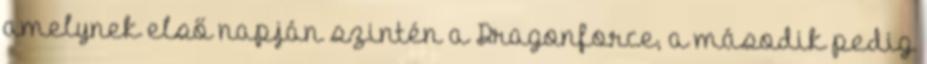
amelynek első napján szintén a Dragonforce, a második pedig